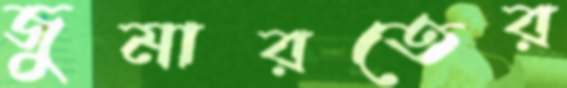
জুমারতের